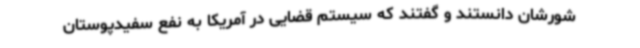
شورشان دانستند و گفتند که سیستم قضایی در آمریکا به نفع سفیدپوستان